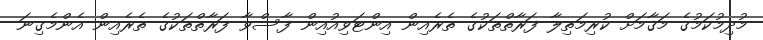
މުދިމުކަމުގެ މަޤާމަށް ކުރިމަތިލާ ފަރާތްތަކުގެ ތެރެއިން އިންޓަވިއުއިން ފާސްވާ ފަރާތްތަކުގެ ތެރެއިން އެންމެގިނަ